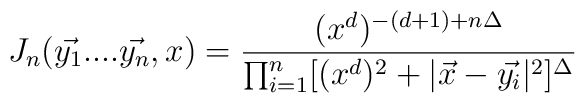
J_{n}(\vec{y_{1}}....\vec{y_{n}},x)=\frac{(x^{d})^{-(d+1)+n\Delta}}{\prod_{i=1}^{n}[(x^{d})^{2}+|\vec{x}-\vec{y_{i}}|^{2}]^{\Delta}}